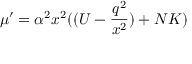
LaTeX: \mu ^ { \prime } = \alpha ^ { 2 } x ^ { 2 } ( ( { \cal U } - \frac { q ^ { 2 } } { x ^ { 2 } } ) + N { \cal K } )